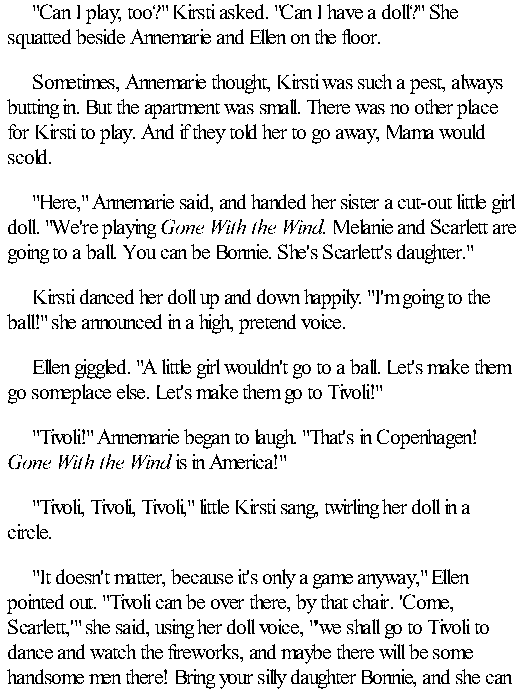
"Can I play, too?" Kirsti asked. "Can I have a doll?" She
 squatted beside Annemarie and Ellen on the floor.
 Sometimes, Annemarie thought, Kirsti was such a pest, always
 butting in. But the apartment was small. There was no other place
 for Kirsti to play. And if they told her to go away, Mama would
 scold.
 "Here," Annemarie said, and handed her sister a cut-out little girl
 doll. "We're playing Gone With the Wind. Melanie and Scarlett are
 going to a ball. You can be Bonnie. She's Scarlett's daughter."
 Kirsti danced her doll up and down happily. "I'm going to the
 ball!" she announced in a high, pretend voice.
 Ellen giggled. "A little girl wouldn't go to a ball. Let's make them
 go someplace else. Let's make them go to Tivoli!"
 "Tivoli!" Annemarie began to laugh. "That's in Copenhagen!
 Gone With the Wind is in America!"
 "Tivoli, Tivoli, Tivoli," little Kirsti sang, twirling her doll in a
 circle.
 "It doesn't matter, because it's only a game anyway," Ellen
 pointed out. "Tivoli can be over there, by that chair. 'Come,
 Scarlett,'" she said, using her doll voice, "'we shall go to Tivoli to
 dance and watch the fireworks, and maybe there will be some
 handsome men there! Bring your silly daughter Bonnie, and she can